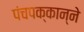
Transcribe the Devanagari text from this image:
पंचपक्कान्ने